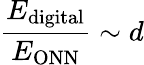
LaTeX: \frac{E_{\mathrm{digital}}}{E_{\mathrm{ONN}}}\sim d